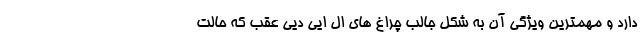
دارد و مهمترین ویژگی آن به شکل جالب چراغ های ال ایی دیی عقب که حالت